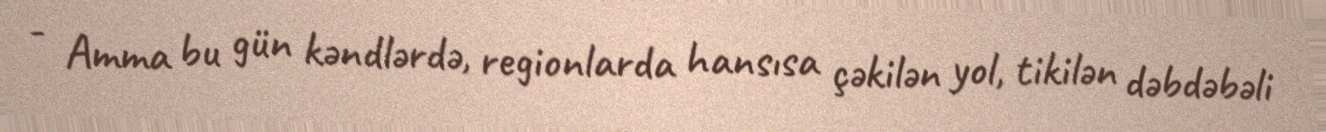
- Amma bu gün kəndlərdə, regionlarda hansısa çəkilən yol, tikilən dəbdəbəli